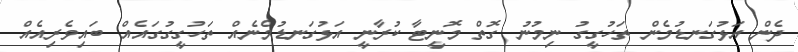
ދެން އަޅުގަނޑުމެން ތަހުގީގު ނިމުނު ގޮތް މޮނީޓާ ކުރާނީ އަޅުގަނޑުމެނެއް ތަހުގީގުގައެއް ބައިވެރިއެއް